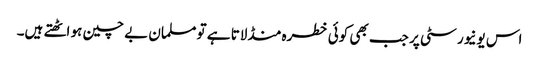
اس یونیورسٹی پر جب بھی کوئی خطرہ منڈلاتا ہے تو مسلمان بے چین ہو اٹھتے ہیں۔